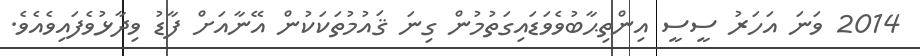
2014 ވަނަ އަހަރު ސީސީ އިންތިޙާބުވެވަޑައިގަތުމުން ގިނަ ޤައުމުތަކަކުން އޭނާއަށް ފާޑު ވިދާޅުވެފައިވެއެވެ.